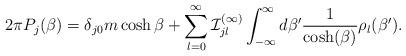
LaTeX: \begin{align*}2\pi {P}_j(\beta) = \delta_{j0} m \cosh\beta + \sum_{l=0}^\infty {\cal I}^{(\infty)}_{jl}\int_{-\infty}^{\infty}d\beta' \frac{1}{\cosh(\beta)} \rho_l(\beta').\end{align*}